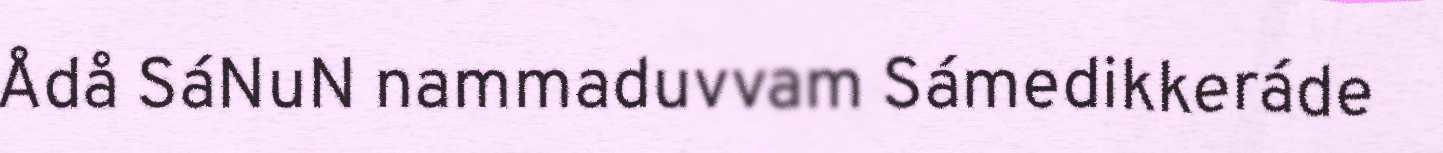
Ådå SáNuN nammaduvvam Sámedikkeráde